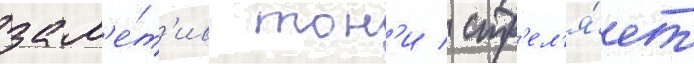
зам'е́т'ив тон'и / стр'ел'я́ет